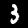
Digit: 3